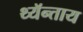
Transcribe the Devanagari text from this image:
थ्यॅन्ताय